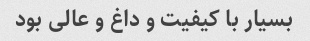
بسیار با کیفیت و داغ و عالی بود